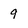
Character: 9